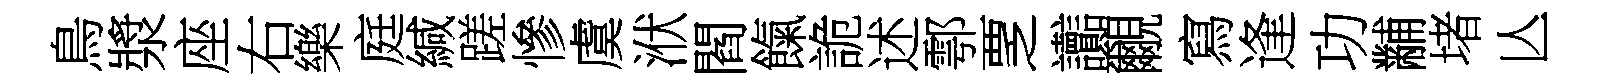
鳥漿座右樂庭緘蹉慘虞洑閻餼詭述鄠覂讟覼寫逢功黼堵亾